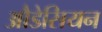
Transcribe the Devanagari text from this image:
औडेसियन